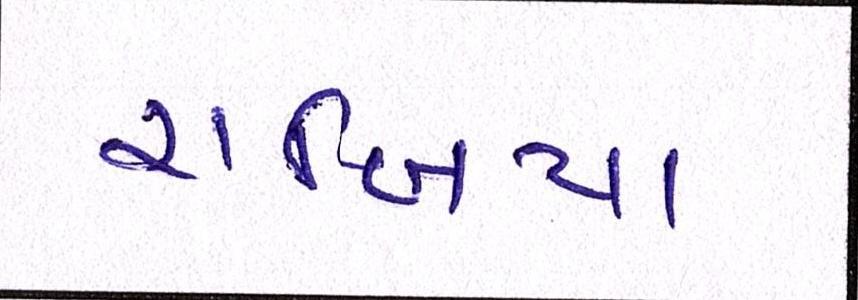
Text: રાબિયા